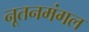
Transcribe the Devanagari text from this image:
नूतनमंगल